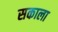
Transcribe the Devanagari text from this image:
सकाला